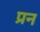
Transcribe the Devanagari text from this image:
प्रन